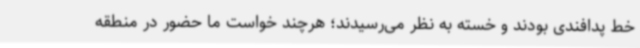
خط پدافندی بودند و خسته به نظر می‌رسیدند؛ هرچند خواست ما حضور در منطقه